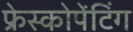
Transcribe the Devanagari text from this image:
फ्रेस्कोपेंटिंग